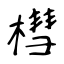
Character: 槥